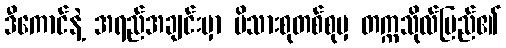
ဒီကောင်နဲ့ အရည်အချင်းမှာ မိသားစုတစ်စုမှ တက္ကသိုလ်ပြည်၏